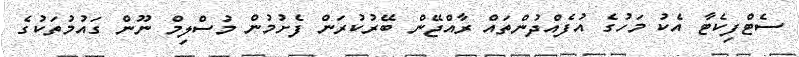
ސެޓްފިކެޓާ އެކު މަހުގެ އުފެއްދުންތައް ރާއްޖޭން ބޭރުކުރަން ފެށުމުން މުސްލިމް ނޫން ގައުމުތަކުގެ